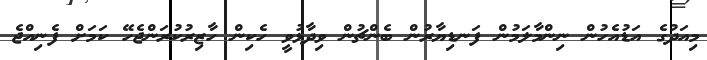
މިއަދުގެ އަޑުއެހުން ނިންމާލަމުން ފަނޑިޔާރުން ބެންޗުން ވިދާޅުވީ ހެކިން ހާޒިރުކުރަންޖެހޭ ކަމަށް ފެނިއްޖެ